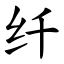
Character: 纤